Calcutta medical institutions reports 1879-81 [i.e.91]
Year: 1879
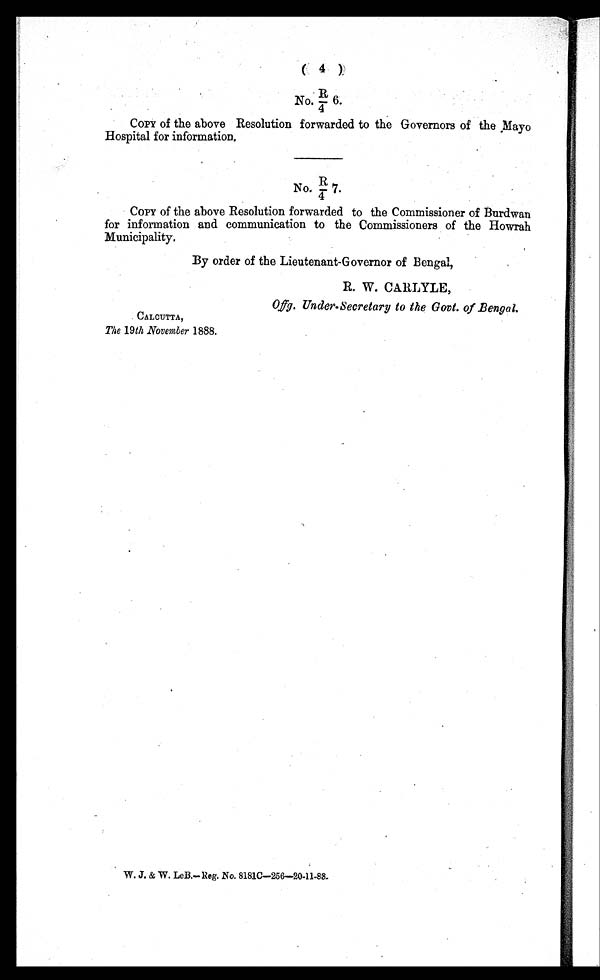
( 4 )
No. R/4 6.
COPY of the above Resolution forwarded to the Governors of the Mayo
Hospital for information.
No. R/4 7.
COPY of the above Resolution forwarded to the Commissioner of Burdwan
for information and communication to the Commissioners of the Howrah
Municipality.
By order of the Lieutenant-Governor of Bengal,
R. W. CARLYLE,
O f f g . U n d e r - S e c r e t a r y t o t h e G o v
CALCUTTA,
The 19th November 1888.
W. J. &. LeB. Reg. No. 8181C—256—20-11-88